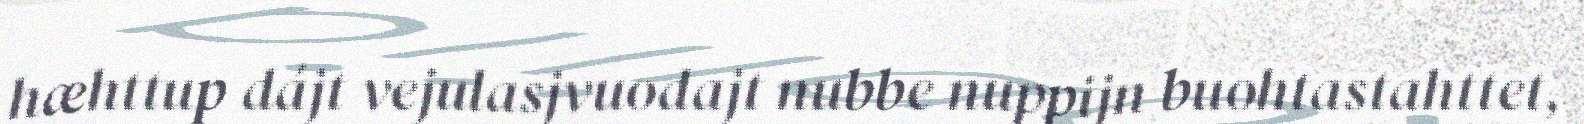
hæhttup dájt vejulasjvuodajt nubbe nuppijn buohtastahttet,